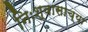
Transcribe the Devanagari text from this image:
निःश्वासाच्या